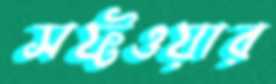
সফ্টওয়ার